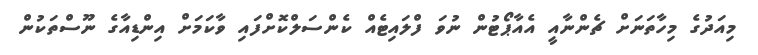
މިއަދުގެ މިހާތަނަށް ޗެންނާއީ އެއާޕޯޓުން ނުވަ ފްލައިޓެއް ކެންސަލްކޮށްފައި ވާކަމަށް އިންޑިއާގެ ނޫސްތަކުން